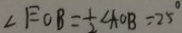
\angle E O B = \frac { 1 } { 2 } \angle A O B = 2 5 ^ { \circ }